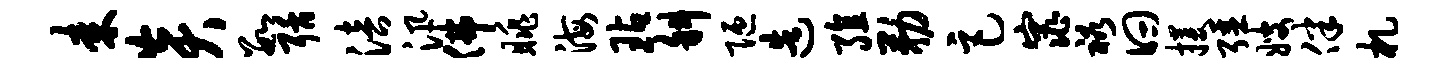
耒炎数聒涪汛佛眺海玷斜陋造殖勒巨窕裕曰攫强嫂伴札